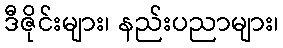
ဒီဇိုင်းများ၊ နည်းပညာများ၊